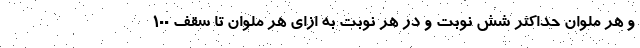
و هر ملوان حداکثر شش نوبت و در هر نوبت به ازای هر ملوان تا سقف ۱۰۰